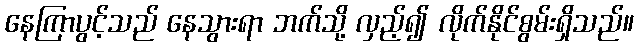
နေကြာပွင့်သည် နေသွားရာ ဘက်သို့ လှည့်၍ လိုက်နိုင်စွမ်းရှိသည်။